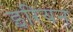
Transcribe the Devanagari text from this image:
इरियन